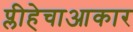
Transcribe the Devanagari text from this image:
प्लीहेचाआकार